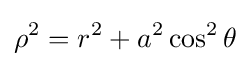
\rho ^{2}=r^{2}+a^{2}\cos ^{2}\theta